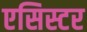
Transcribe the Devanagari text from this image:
एसिस्टर